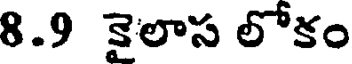
8.9 కైలాస లోకం